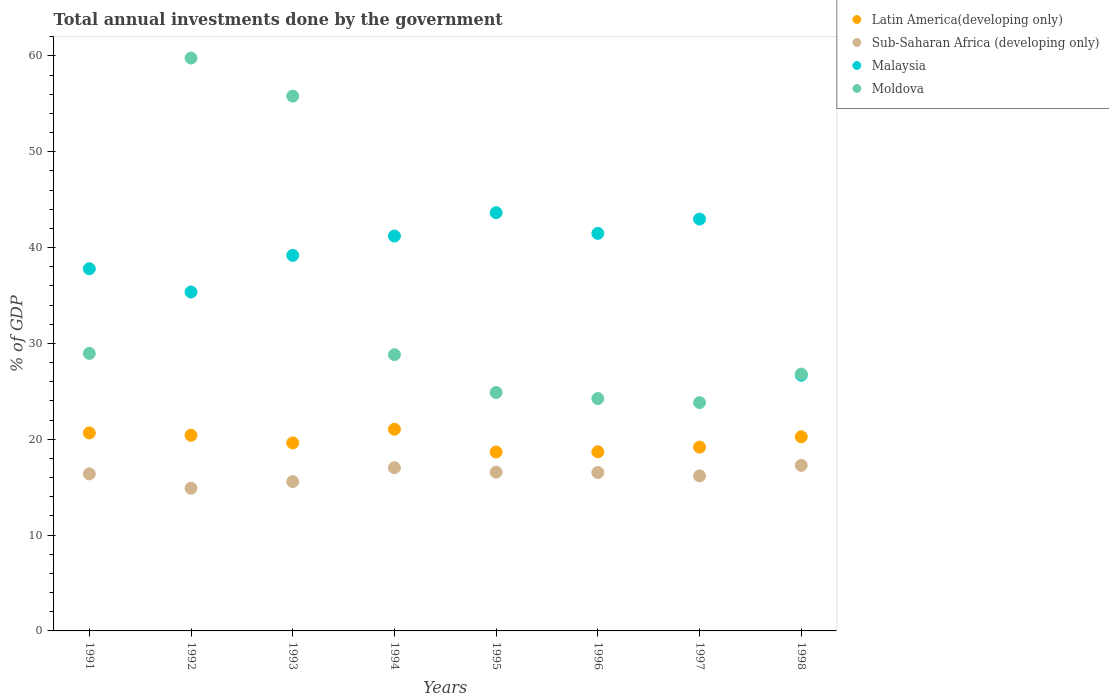
| Years | Latin America(developing only) | Sub-Saharan Africa (developing only) | Malaysia | Moldova |
 | --- | --- | --- | --- | --- |
 | 1991 | 20.7 | 16.4 | 37.8 | 29 |
 | 1992 | 20.4 | 14.9 | 35.4 | 59.8 |
 | 1993 | 19.6 | 15.6 | 39.2 | 55.8 |
 | 1994 | 21 | 17 | 41.2 | 28.8 |
 | 1995 | 18.7 | 16.6 | 43.6 | 24.9 |
 | 1996 | 18.7 | 16.5 | 41.5 | 24.2 |
 | 1997 | 19.2 | 16.2 | 43 | 23.8 |
 | 1998 | 20.3 | 17.3 | 26.7 | 26.8 |